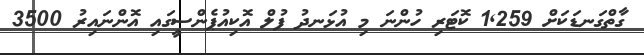
ގާތްގަނޑަކަށް 1